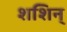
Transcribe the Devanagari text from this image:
शशिन्‌